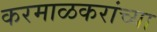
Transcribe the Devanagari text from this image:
करमाळकरांच्या